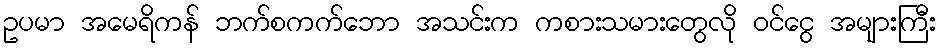
ဥပမာ အမေရိကန် ဘက်စကက်ဘော အသင်းက ကစားသမားတွေလို ဝင်ငွေ အများကြီး